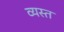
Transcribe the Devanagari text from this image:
व्‍यस्त